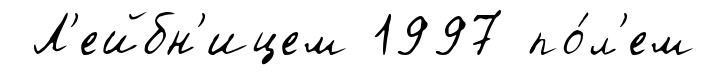
Л'ейбн'ицем 1997 по́л'ем